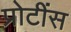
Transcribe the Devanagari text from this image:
प्रोटींस